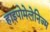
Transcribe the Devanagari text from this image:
हाइपोमेलेनिज्म